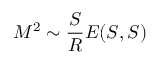
M ^ { 2 } \sim \frac { S } { R } E ( S , S )